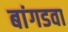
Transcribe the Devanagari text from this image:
बांगडवा